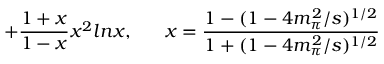
+ \frac { 1 + x } { 1 - x } x ^ { 2 } l n x , ~ ~ ~ ~ ~ x = \frac { 1 - ( 1 - 4 m _ { \pi } ^ { 2 } / s ) ^ { 1 / 2 } } { 1 + ( 1 - 4 m _ { \pi } ^ { 2 } / s ) ^ { 1 / 2 } }